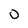
Character: 0